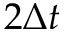
2 \Delta t